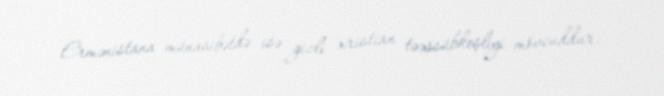
Ermənistana münasibətdə isə gizli xristian təəssübkeşliyi mövcuddur.